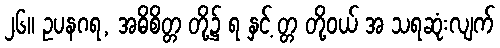
၂၆။ ဥပနဂရ, အဓိစိတ္တ တို့၌ ရ နှင့် တ္တ တို့ဝယ် အ သရဆုံးလျက်